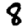
Digit: 8